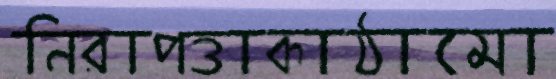
নিরাপত্তাকাঠামো